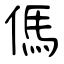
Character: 傌